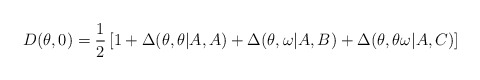
\begin{align*}D(\theta,0) = \frac{1}{2} \left [ 1 + \Delta(\theta,\theta|A,A) + \Delta(\theta,\omega|A,B) + \Delta(\theta,\theta\omega|A,C) \right ]\end{align*}